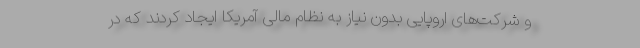
و شرکت‌های اروپایی بدون نیاز به نظام مالی آمریکا ایجاد کردند که در